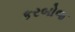
કરબોજ